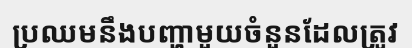
ប្រឈមនឹងបញ្ហាមួយចំនួនដែលត្រូវ